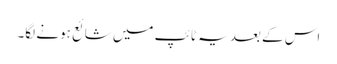
اس کے بعد یہ ٹائپ میں شائع ہونے لگا۔